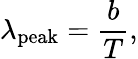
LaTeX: \lambda_{\mathrm{peak}}={\frac{b}{T}},